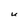
Character: U